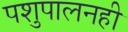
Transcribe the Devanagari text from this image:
पशुपालनही